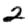
Digit: 2